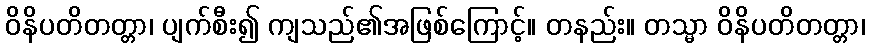
ဝိနိပတိတတ္တာ၊ ပျက်စီး၍ ကျသည်၏အဖြစ်ကြောင့်။ တနည်း။ တသ္မာ ဝိနိပတိတတ္တာ၊